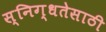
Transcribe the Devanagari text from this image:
स्निग्धतेसाठी